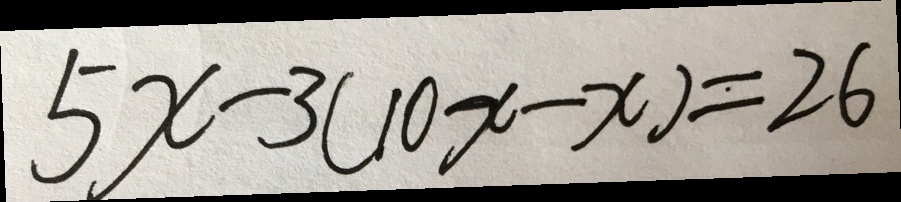
5 x - 3 ( 1 0 x - x ) = 2 6